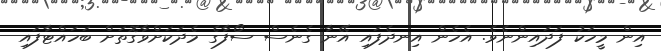
އިން މީހަކު ފަދައިންނެވެ. އެހެން އިނދެފައި އޭނާ ގެނެސް ސޯފާގެ މެދަކަށްވާގޮތަށް ބަހައްޓާފައި